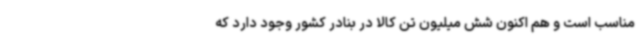
مناسب است و هم اکنون شش میلیون تن کالا در بنادر کشور وجود دارد که